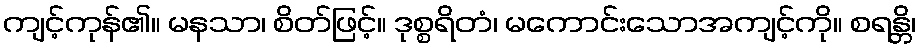
ကျင့်ကုန်၏။ မနသာ၊ စိတ်ဖြင့်။ ဒုစ္စရိတံ၊ မကောင်းသောအကျင့်ကို။ စရန္တိ၊